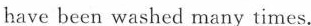
have been washed many times.